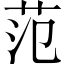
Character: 范